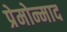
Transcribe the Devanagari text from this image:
प्रेमोन्माद